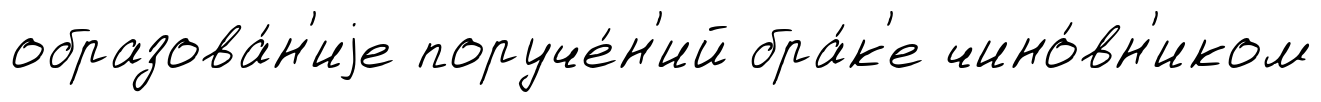
образова́н'иjе поруче́н'ий бра́к'е чино́вн'иком